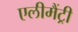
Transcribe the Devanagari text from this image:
एलीमैंट्री